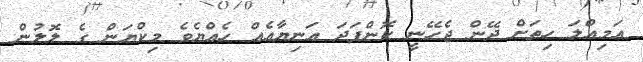
އަމިއްލަ ހިތަށް ދޭން ޖެހޭނީ ކޮންފަދަ އަނިޔާއެއް ހެއްޔެވެ މިކްޔަން ގެ ލޮލުން